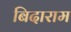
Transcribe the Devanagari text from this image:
बिदाराम